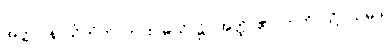
အတ္တုပနာယိတံတိ၊ ကား။ မယိ၊ ၌။ အတ္ထိ၊ ၏။ ဣတိ၊ သို့။ သမုဒါ